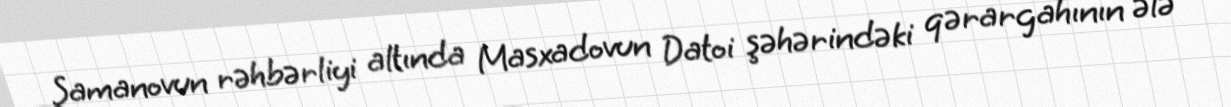
Şamanovun rəhbərliyi altında Masxadovun Datoi şəhərindəki qərargahının ələ